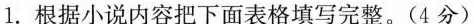
1.根据小说内容把下面表格填写完整。(4分)